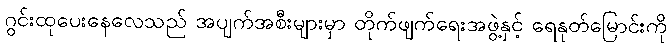
ဂွင်းထုပေးနေလေသည် အပျက်အစီးများမှာ တိုက်ဖျက်ရေးအဖွဲ့နှင့် ရေနုတ်မြောင်းကို